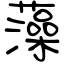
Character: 藻